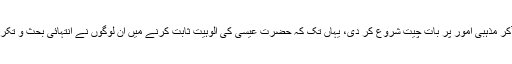
ان لوگوں نے آکر مذہبی امور پر بات چیت شروع کر دی، یہاں تک کہ حضرت عیسی کی الوہیت ثابت کرنے میں ان لوگوں نے انتہائی بحث و تکرار سے کام لیا۔